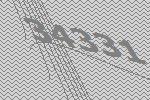
34331